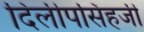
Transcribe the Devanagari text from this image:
दिलीपसिंहजी